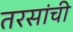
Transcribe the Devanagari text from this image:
तरसांची